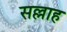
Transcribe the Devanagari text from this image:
सल्लाह